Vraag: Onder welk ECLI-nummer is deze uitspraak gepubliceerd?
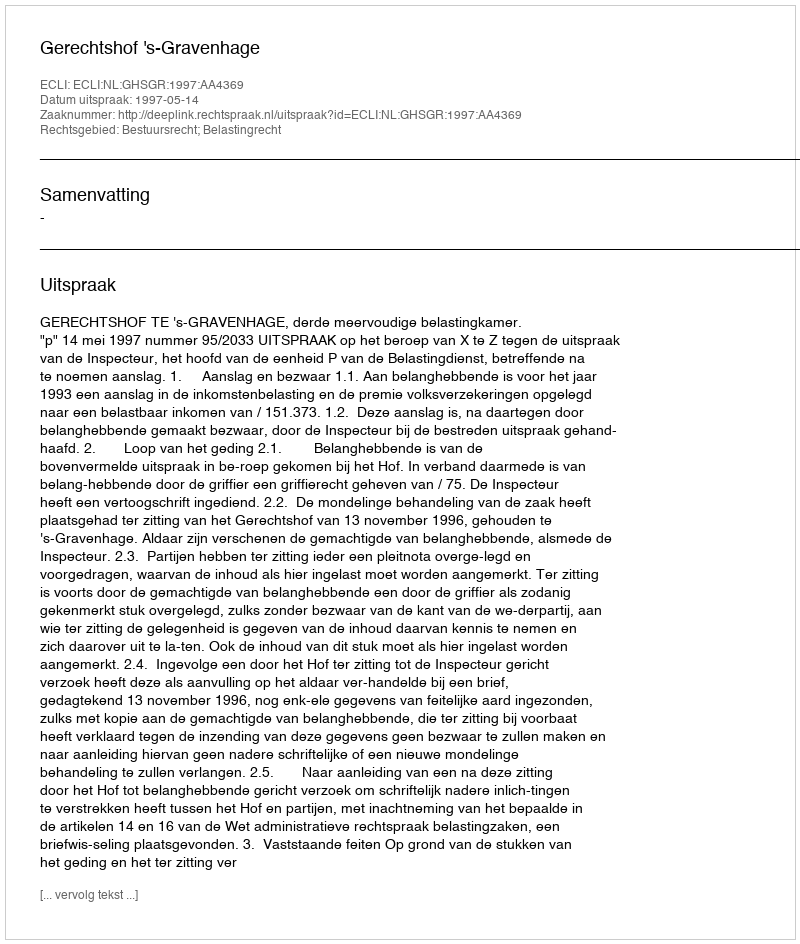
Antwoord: ECLI:NL:GHSGR:1997:AA4369